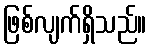
ဖြစ်လျက်ရှိသည်။